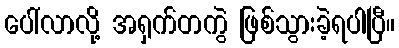
ပေါ်လာလို့ အရှက်တကွဲ ဖြစ်သွားခဲ့ရပါပြီ။